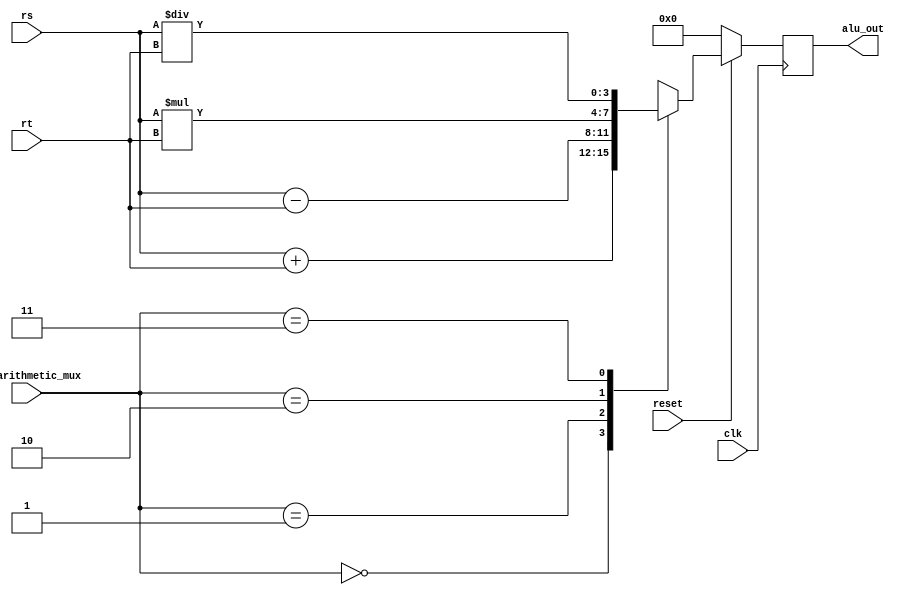
// This program was cloned from: https://github.com/adam-maj/tt06
// License: Apache License 2.0

`default_nettype none

module alu (
	input wire clk,
	input wire reset,
	input wire [1:0] alu_arithmetic_mux,
	input wire [3:0] rs,
	input wire [3:0] rt,
	output reg [3:0] alu_out
);
	localparam ADD = 2'b00;
	localparam SUB = 2'b01;
	localparam MUL = 2'b10;
	localparam DIV = 2'b11;

	always @(posedge clk) begin 
		if (!reset) begin 
			alu_out <= 8'b00000000;
        end else begin
            case (alu_arithmetic_mux)
                ADD: alu_out <= rs + rt;
                SUB: alu_out <= rs - rt;
                MUL: alu_out <= rs * rt;
                DIV: alu_out <= rs / rt;
            endcase
		end
    end
endmodule